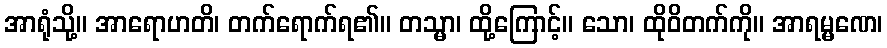
အာရုံသို့။ အာရောဟတိ၊ တက်ရောက်ရ၏။ တသ္မာ၊ ထို့ကြောင့်။ သော၊ ထိုဝိတက်ကို။ အာရမ္မဏေ၊